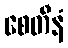
စေတီနံ